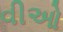
વીઓ